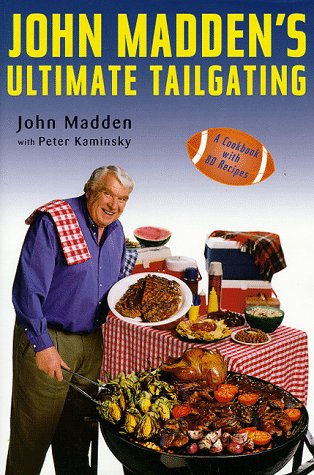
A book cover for John Madden's Ultimate Tailgating; John Madden; Cookbooks, Food & Wine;